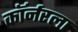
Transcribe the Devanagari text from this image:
काॅर्नरला